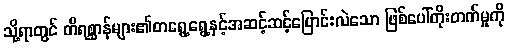
သို့ရာတွင် တိရစ္ဆာန်များ၏တရွေ့ရွေ့နှင့်အဆင့်ဆင့်ပြောင်းလဲသော ဖြစ်ပေါ်တိုးတက်မှုကို